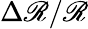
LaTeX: \Delta\mathscr{R}/\mathscr{R}